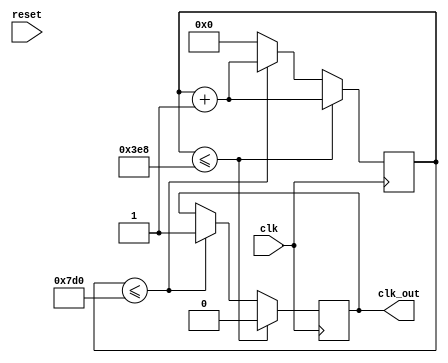
`timescale 1ns / 1ps

module clk_divider(
	input reset,
   input wire clk,
	output reg clk_out
	);
	
localparam DELAY_L = 1000;
localparam DELAY_H = 2000;

reg [15:0] count = 0;
	
always@(posedge clk) begin
	count <= count + 1;
	if (count <= DELAY_L) begin
		clk_out <= 0;
	end
	else if (count <= DELAY_H) begin
		clk_out <= 1;
	end
	else begin
		count <= 0;
	end
end

endmodule